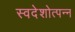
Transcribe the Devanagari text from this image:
स्वदेशोत्पन्न